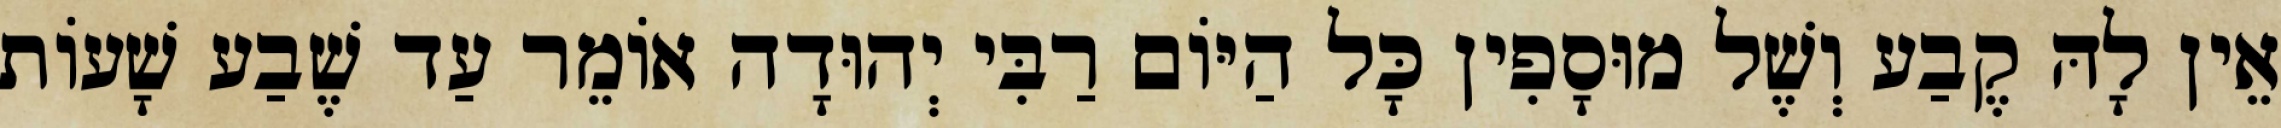
אֵין לָהּ קֶבַע וְשֶׁל מוּסָפִין כָּל הַיּוֹם רַבִּי יְהוּדָה אוֹמֵר עַד שֶׁבַע שָׁעוֹת